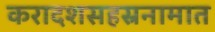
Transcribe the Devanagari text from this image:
करादशसहस्रनामात